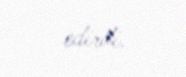
edirdi.